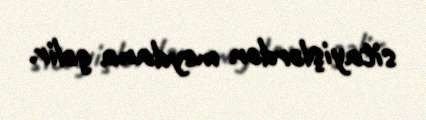
sitayişlərdən meydana gəlir.